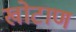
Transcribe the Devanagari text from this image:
खोटाण